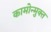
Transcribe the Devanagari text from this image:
कामोन्मुक्त